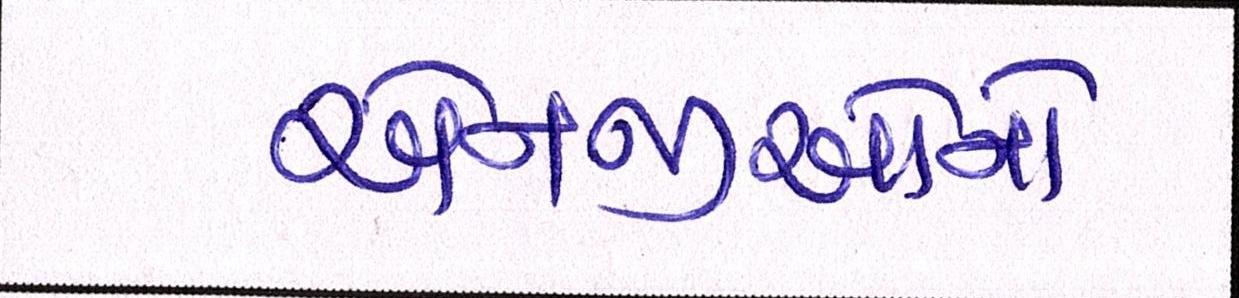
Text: એનજીઓનો